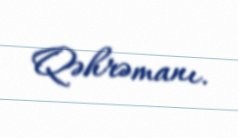
Qəhrəmanı.